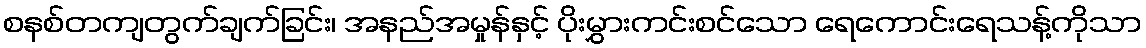
စနစ်တကျတွက်ချက်ခြင်း၊ အနည်အမှုန်နှင့် ပိုးမွှားကင်းစင်သော ရေကောင်းရေသန့်ကိုသာ